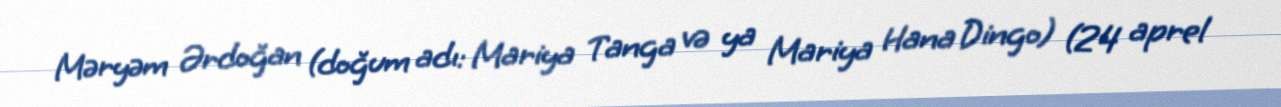
Məryəm Ərdoğan (doğum adı: Mariya Tanga və ya Mariya Hana Dingo) (24 aprel